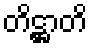
တိဋ္ဌာတိ